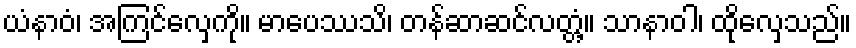
ယံနာဝံ၊ အကြင်လှေကို။ မာပေဿသိ၊ တန်ဆာဆင်လတ္တံ့။ သာနာဝါ၊ ထိုလှေသည်။